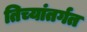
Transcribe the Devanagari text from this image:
तिच्यांतर्गत